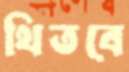
থিতবে